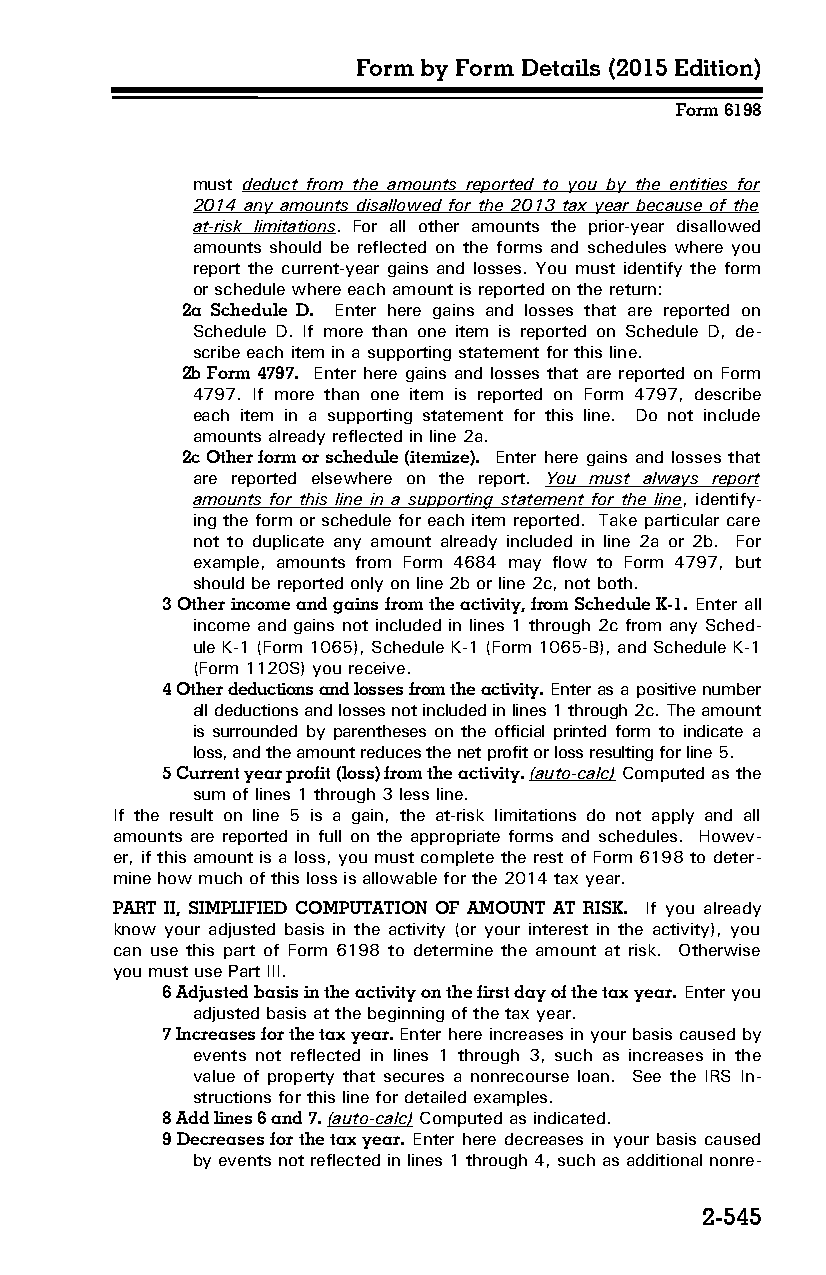
Form by Form Details (2015 Edition)
 Form 6198
 must deduct from the amounts reported to you by the entities for
 2014 any amounts disallowed for the 2013 tax year because of the
 at-risk limitations. For all other amounts the prior-year disallowed
 amounts should be reflected on the forms and schedules where you
 report the current-year gains and losses. You must identify the form
 or schedule where each amount is reported on the return:
 2a Schedule D. Enter here gains and losses that are reported on
 Schedule D. If more than one item is reported on Schedule D, de­
 scribe each item in a supporting statement for this line.
 2b Form 4797. Enter here gains and losses that are reported on Form
 4797. If more than one item is reported on Form 4797, describe
 each item in a supporting statement for this line. Do not include
 amounts already reflected in line 2a.
 2c Other form or schedule (itemize). Enter here gains and losses that
 are reported elsewhere on the report. You must always report
 amounts for this line in a supporting statement for the line, identify­
 ing the form or schedule for each item reported. Take particular care
 not to duplicate any amount already included in line 2a or 2b. For
 example, amounts from Form 4684 may flow to Form 4797, but
 should be reported only on line 2b or line 2c, not both.
 3 Other income and gains from the activity, from Schedule K-1. Enter all
 income and gains not included in lines 1 through 2c from any Sched­
 ule K-1 (Form 1065), Schedule K-1 (Form 1065-B), and Schedule K-1
 (Form 1120S) you receive.
 4 Other deductions and losses from the activity. Enter as a positive number
 all deductions and losses not included in lines 1 through 2c. The amount
 is surrounded by parentheses on the official printed form to indicate a
 loss, and the amount reduces the net profit or loss resulting for line 5.
 5 Current year profit (loss) from the activity. (auto-calc) Computed as the
 sum of lines 1 through 3 less line.
 If the result on line 5 is a gain, the at-risk limitations do not apply and all
 amounts are reported in full on the appropriate forms and schedules. Howev­
 er, if this amount is a loss, you must complete the rest of Form 6198 to deter­
 mine how much of this loss is allowable for the 2014 tax year.
 PART II, SIMPLIFIED COMPUTATION OF AMOUNT AT RISK. If you already
 know your adjusted basis in the activity (or your interest in the activity), you
 can use this part of Form 6198 to determine the amount at risk. Otherwise
 you must use Part III.
 6 Adjusted basis in the activity on the first day of the tax year. Enter you
 adjusted basis at the beginning of the tax year.
 7 Increases for the tax year. Enter here increases in your basis caused by
 events not reflected in lines 1 through 3, such as increases in the
 value of property that secures a nonrecourse loan. See the IRS In­
 structions for this line for detailed examples.
 8 Add lines 6 and 7. (auto-calc) Computed as indicated.
 9 Decreases for the tax year. Enter here decreases in your basis caused
 by events not reflected in lines 1 through 4, such as additional nonre­
 2-545